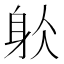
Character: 𨈦